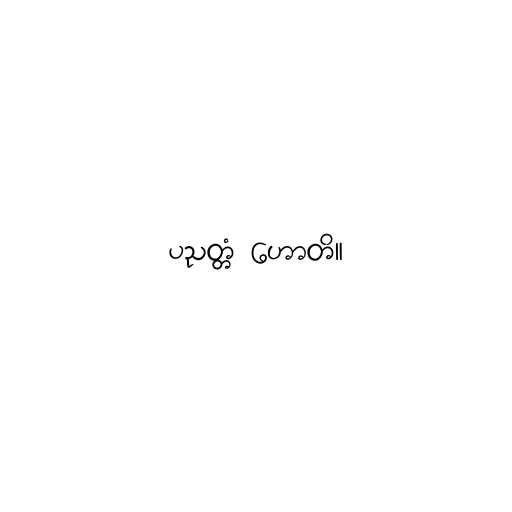
ပညတ္တံ ဟောတိ။